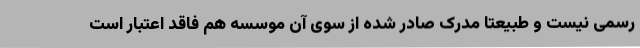
رسمی نیست و طبیعتا مدرک صادر شده از سوی آن موسسه هم فاقد اعتبار است